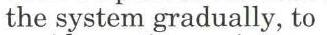
the system gradually, to